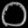
Digit: ၀